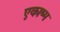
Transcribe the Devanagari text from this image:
एकाष्म